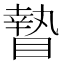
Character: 𥊍